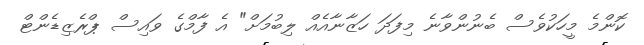
ކޮންމެ މީހަކުވެސް ބެނުންވާނެ މިފަދަ ހަޒާނާއެއް ލިބުމަށް" އެ ފާމްގެ ވައިސް ޕްރެޒިޑެންޓް